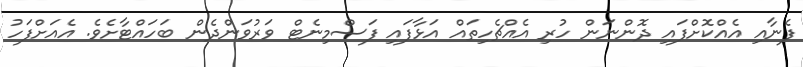
ފެނާއި އެއްކޮށްފައި ދޮންނަން ހުރި އެއްޗެހިތައް އަޅާފައި ފަސްމިނެޓް ވަރުވަންދެން ބަހައްޓާށެވެ. އެއަށްފަހު